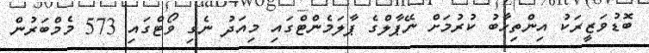
ބޮޑުވަޒީރަކު އިންތިޚާބު ކުރުމަށް ނޭޕާލްގެ ޕާލަމެންޓްގައި މިއަދު ނެގި ވޯޓްގައި 573 މެމްބަރުން